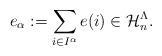
LaTeX: \begin{align*}e_{\alpha}:=\sum_{i\in I^{\alpha}}e(i)\in \mathcal{H}_n^{\Lambda}. \end{align*}